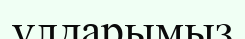
ұлдарымыз